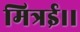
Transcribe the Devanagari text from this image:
मित्रई।।